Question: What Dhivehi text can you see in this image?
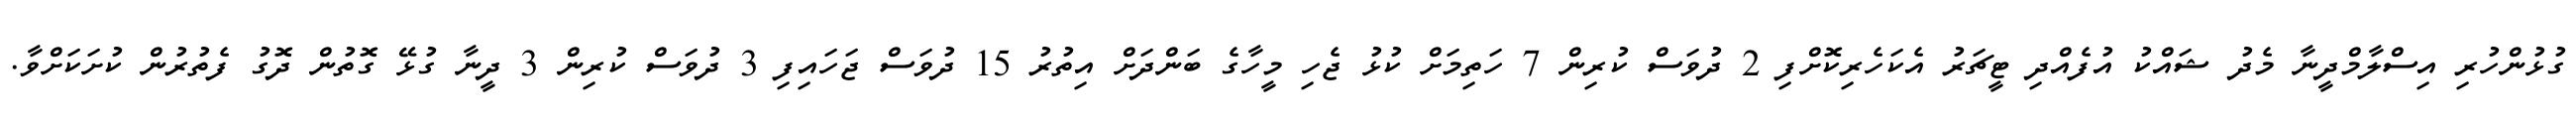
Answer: ގުޅުންހުރި އިސްލާމްދީނާ މެދު ޝައްކު އުފެއްދި ޓީޗަރު އެކަހެރިކޮށްފި 2 ދުވަސް ކުރިން 7 ހަތިމަށް ކުޅު ޖެހި މީހާގެ ބަންދަށް އިތުރު 15 ދުވަސް ޖަހައިފި 3 ދުވަސް ކުރިން 3 ދީނާ ގުޅޭ ގޮތުން ދޮގު ފެތުރުން ކުށަކަށްވާ.